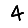
Digit: 4